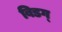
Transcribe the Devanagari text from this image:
बिडग्